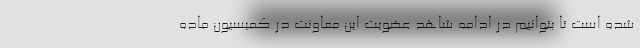
شده است تا بتوانیم در ادامه شاهد عضویت این معاونت در کمیسیون ماده